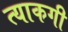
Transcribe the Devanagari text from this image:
त्याकगी